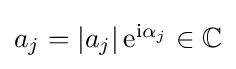
{\textstyle a_{j}=\left\vert a_{j}\right\vert \mathrm {e} ^{\mathrm {i} \alpha _{j}}\in \mathbb {C} }